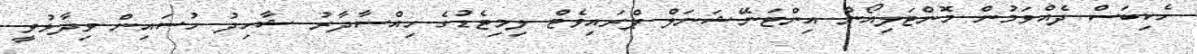
ހެކިބަސް ދެއްވަމުން މޮންޓަލިއޯން އިންޓަނޭޝަނަލް ޕްރައިވެޓް ލިމިޓެޑުގެ ހިއްސާދާރު ޝާހިދު ހުސައިން ވިދާޅުވީ